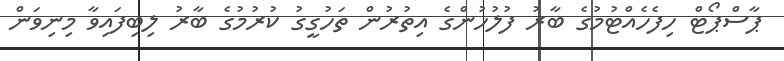
ޕާސްޕޯޓް ހިފެހެއްޓުމުގެ ބާރު ފުލުހުންގެ އިތުރުން ތަހުގީގު ކުރުމުގެ ބާރު ލިބިފައިވާ މިނިވަން